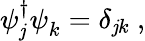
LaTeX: \psi_{\mathit{j}}^{\dagger}\psi_{k}^{}=\delta_{\mathit{j}k}~,